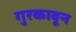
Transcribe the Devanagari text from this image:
गुरकावून